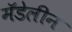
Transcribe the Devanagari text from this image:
मॅडेलीन